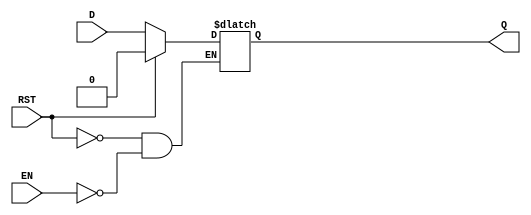
module async_register (
    input wire D,        // Data input
    input wire EN,       // Enable signal
    input wire RST,      // Asynchronous reset
    output reg Q         // Data output
);

    // Asynchronous reset and data capture
    always @(*) begin
        if (RST) begin
            Q <= 1'b0;   // Reset the output to 0
        end else if (EN) begin
            Q <= D;      // Capture the data input when enabled
        end
        // If RST is not active and EN is low,
        // the output Q retains its previous value (hold state).
    end

endmodule